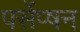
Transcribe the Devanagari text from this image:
पर्सेप्षन